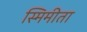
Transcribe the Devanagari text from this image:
स्मिमीता